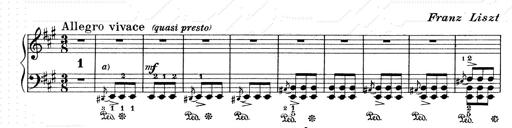
Title: Mephisto Waltz No.1
Composer: Franz Liszt